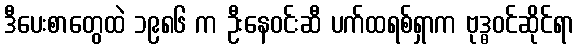
ဒီပေးစာတွေထဲ ၁၉၈၆ က ဦးနေဝင်းဆီ ပက်ထရစ်ရှာက ဗုဒ္ဓဝင်ဆိုင်ရာ